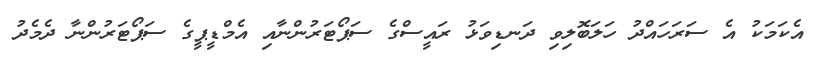
އެކަމަކު އެ ސަރަހައްދު ހަލަބޮލިވި ދަނޑިވަޅު ރައީސްގެ ސަޕޯޓަރުންނާއި އެމްޑީޕީގެ ސަޕޯޓަރުންނާ ދެމެދު